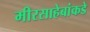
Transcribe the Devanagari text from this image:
मीरसाहेबांकडे